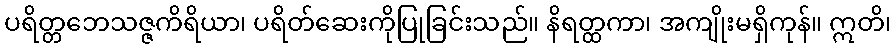
ပရိတ္တဘေသဇ္ဇကိရိယာ၊ ပရိတ်ဆေးကိုပြုခြင်းသည်။ နိရတ္ထကာ၊ အကျိုးမရှိကုန်။ ဣတိ၊